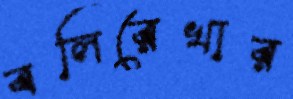
বলিরেখার